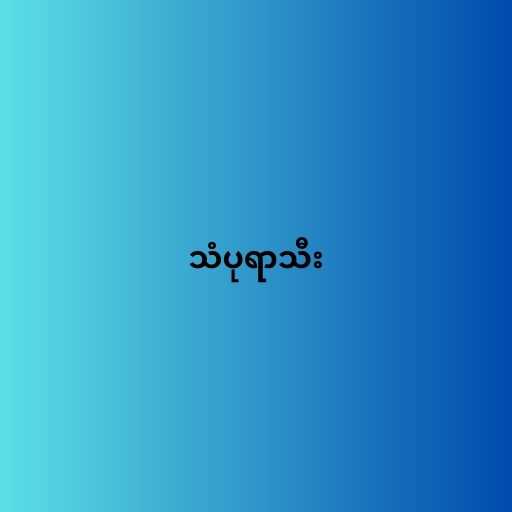
သံပုရာသီး